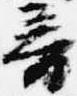
音